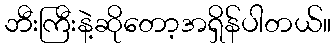
ဘီးကြီးနဲ့ဆိုတော့အရှိန်ပါတယ်။